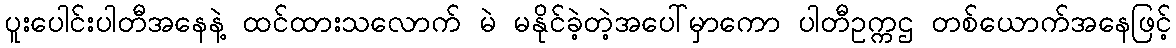
ပူးပေါင်းပါတီအနေနဲ့ ထင်ထားသလောက် မဲ မနိုင်ခဲ့တဲ့အပေါ်မှာကော ပါတီဥက္ကဌ တစ်ယောက်အနေဖြင့်